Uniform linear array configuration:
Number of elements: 8
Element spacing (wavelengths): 0.5
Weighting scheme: exponential
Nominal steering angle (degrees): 30
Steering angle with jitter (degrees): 29.866
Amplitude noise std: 0.05
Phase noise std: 0.05

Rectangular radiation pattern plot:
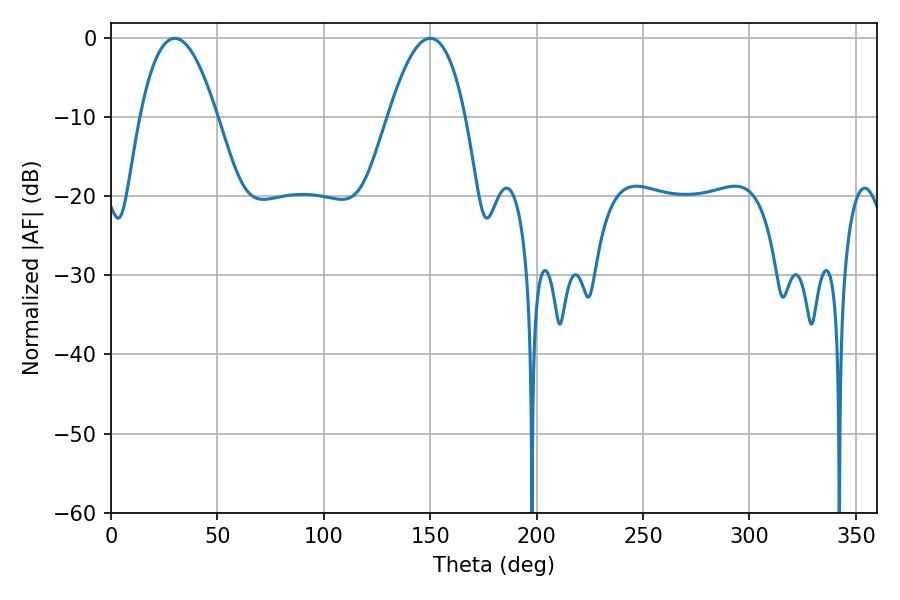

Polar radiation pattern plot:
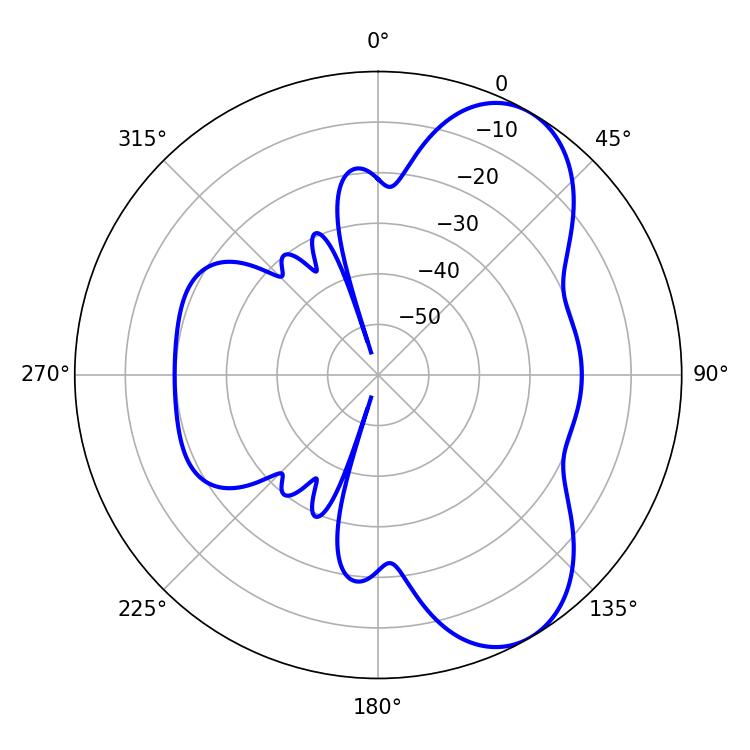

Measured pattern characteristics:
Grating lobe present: FALSE
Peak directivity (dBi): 7.209
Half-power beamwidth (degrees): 19.98
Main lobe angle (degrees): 30.06